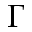
\Gamma